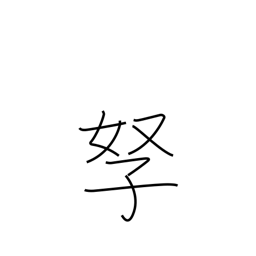
Meaning: wife and children